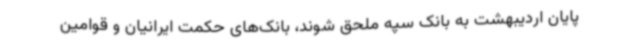
پایان اردیبهشت به بانک سپه ملحق شوند، بانک‌های حکمت ایرانیان و قوامین